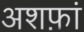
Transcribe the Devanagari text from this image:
अशफ़ां